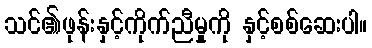
သင်၏ဖုန်းနှင့်ကိုက်ညီမှုကို နှင့်စစ်ဆေးပါ။